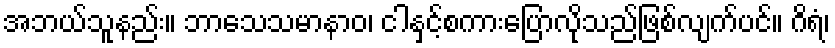
အဘယ်သူနည်း။ ဘာသေသမာနာဝ၊ ငါနှင့်စကားပြောလိုသည်ဖြစ်လျက်ပင်။ ဂိရံ၊